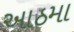
આઠમા